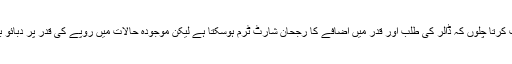
میں یہ وضاحت کرتا چلوں کہ ڈالر کی طلب اور قدر میں اضافے کا رجحان شارٹ ٹرم ہوسکتا ہے لیکن موجودہ حالات میں روپے کی قدر پر دبائو برقرار رہے گا۔